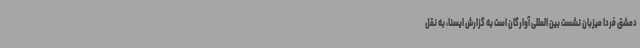
دمشق فردا میزبان نشست بین المللی آوارگان است به گزارش ایسنا، به نقل